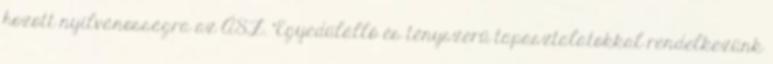
hozott nyilvánosságra az ÁSZ. "Egyedülálló és tényszerű tapasztalatokkal rendelkezünk